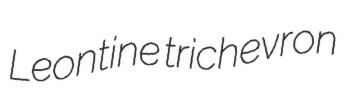
Leontine trichevron